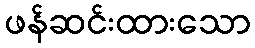
ဖန်ဆင်းထားသော